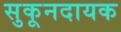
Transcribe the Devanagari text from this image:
सुकूनदायक